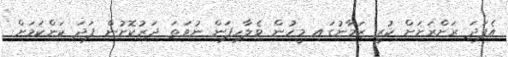
އެފަދަ ރަށްރަށަށް ކުރީ ޒަމާނުގައި މީހުން ވެލާހިފަން ނުވަތަ ދަރުކޮށުން ފަދަ ކަންކަމަށް